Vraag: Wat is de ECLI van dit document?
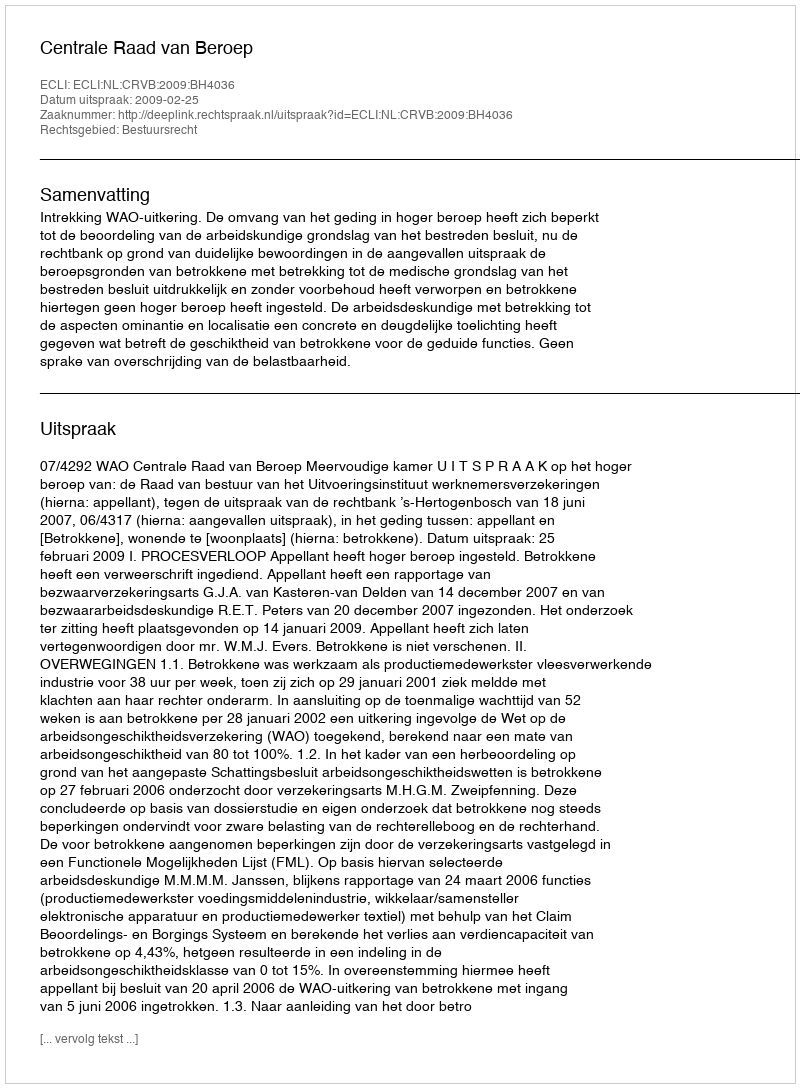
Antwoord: ECLI:NL:CRVB:2009:BH4036